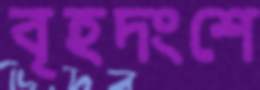
বৃহদংশে